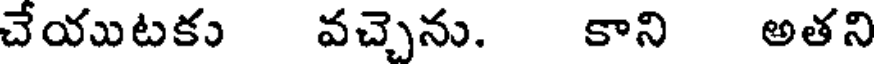
చేయుటకు వచ్చెను. కాని అతని